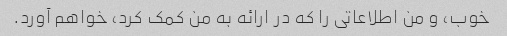
خوب، و من اطلاعاتی را که در ارائه به من کمک کرد، خواهم آورد.